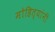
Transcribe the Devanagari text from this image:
मोहित्यांनी